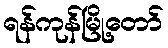
ရန်ကုန်မြို့တော်